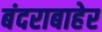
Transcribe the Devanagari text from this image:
बंदराबाहेर